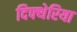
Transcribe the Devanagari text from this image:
दिफ्थेरिया